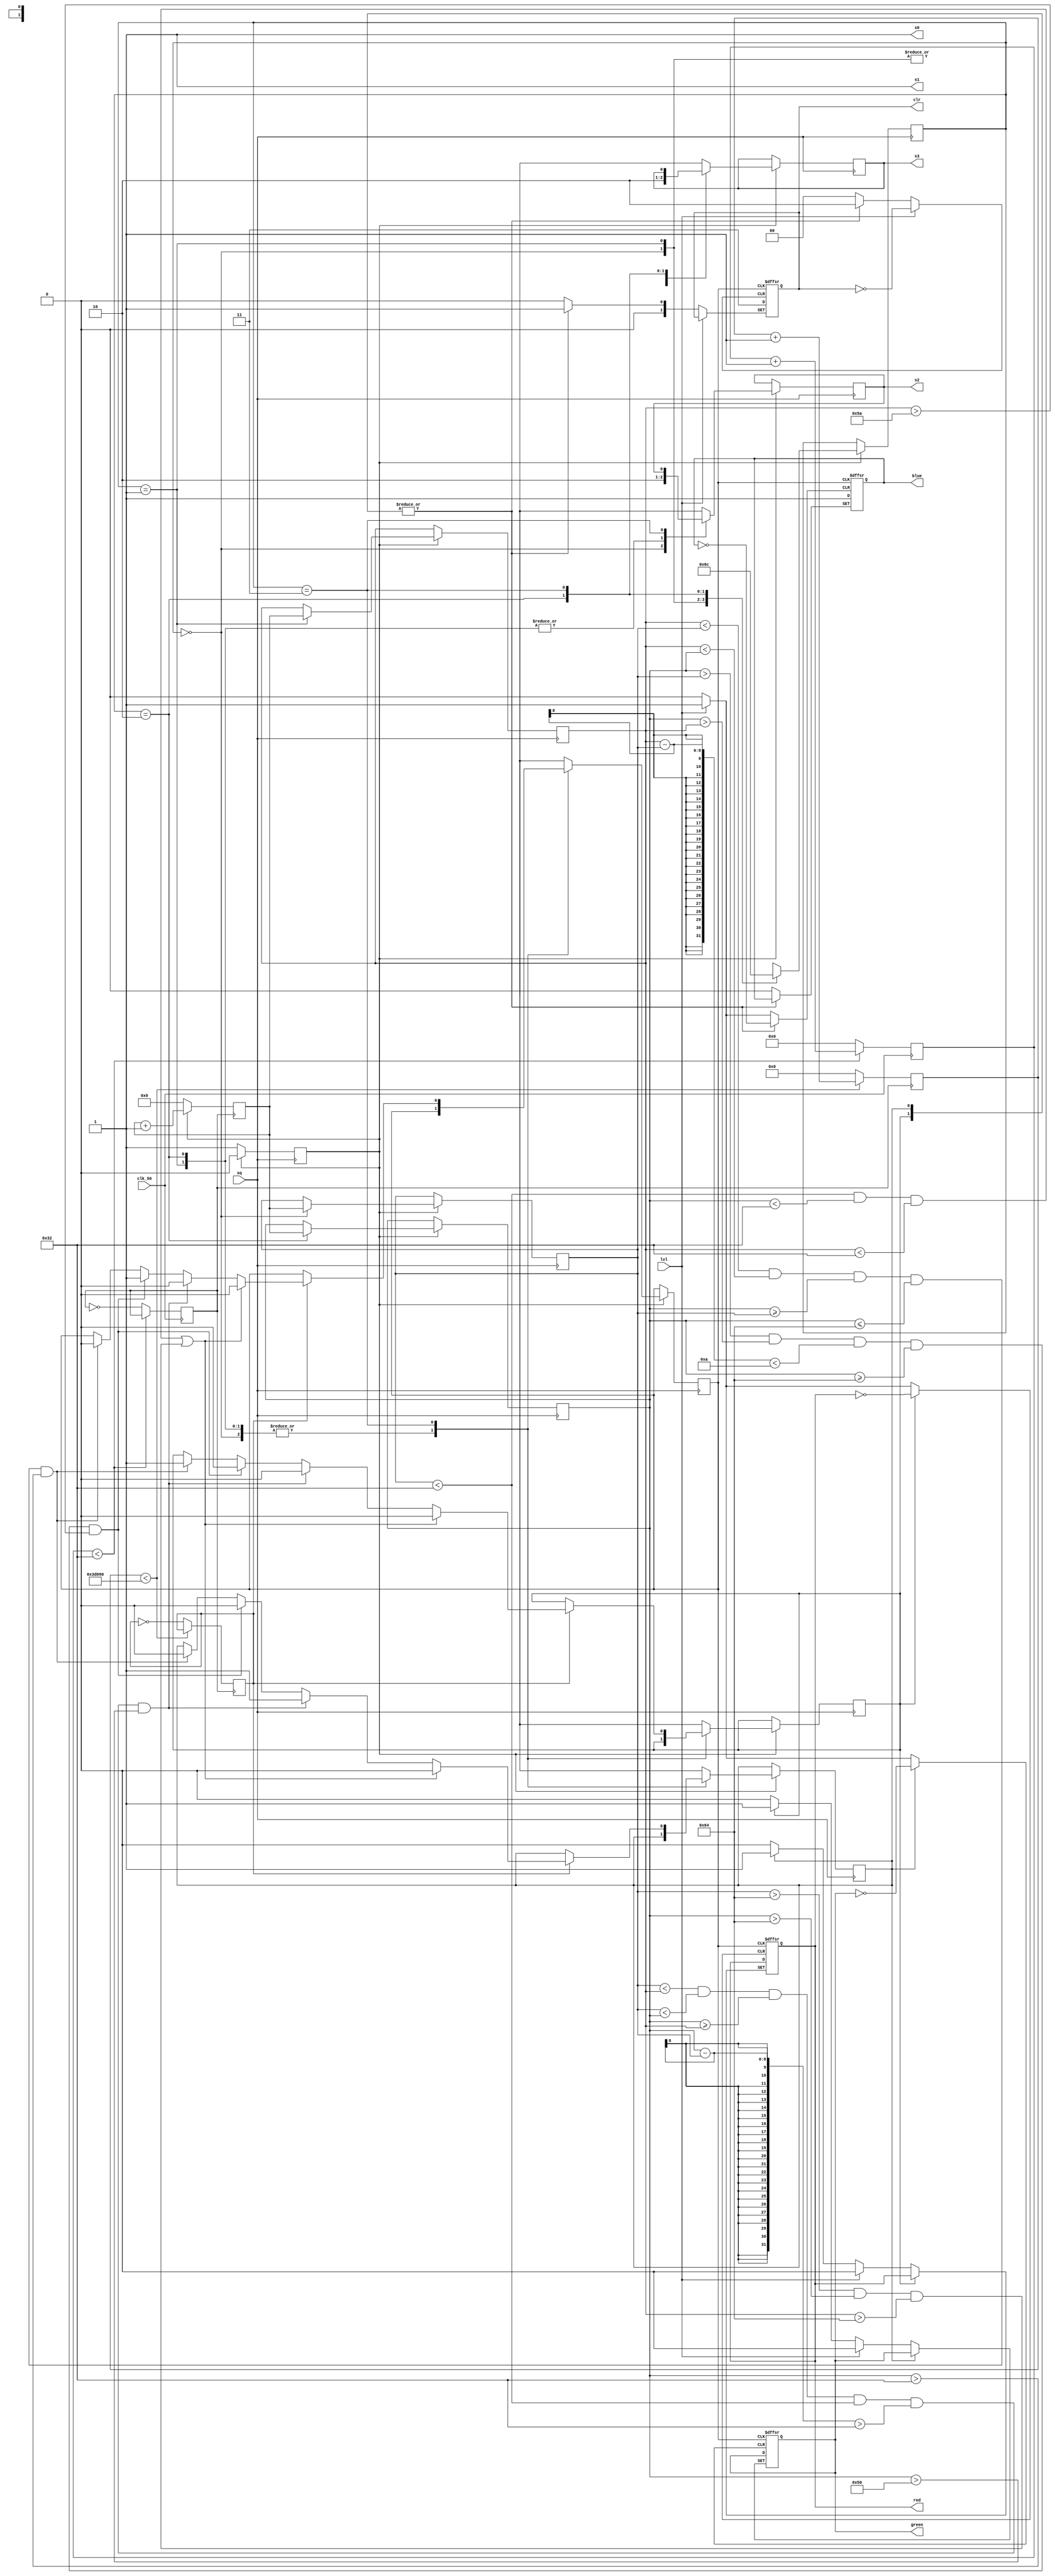
//////////COLOR. v 
///////// reads data from TCS 3200 sensor and determines by comparing


module Module_ColorSensor (
		input clk_50,
		input sq,
		input lvl,
		
		output s2,
		output s3,
		output s0,
		output s1,
		
		output red,
		output green,
		output blue,
		
		output [1:0]clr
		
);

reg [7:0]counter = 8'd0;
reg [7:0]valr = 8'd0;
reg [7:0]valg = 8'd0;
reg [7:0]valb = 8'd0;

reg flag = 0;

reg clk_1m=0;
reg [5:0]count = 6'd0;
reg [5:0]frame = 6'b110010;


reg [1:0]state = 2'd0;
reg _s2 = 0;
reg _s3 = 0;

reg flagr = 0;
reg flagb = 0;
reg flagg = 0;

reg re = 0;
reg gr = 0;
reg bl = 0;

reg [1:0] clr_out;
reg [18:0] t_lim = 19'd250000; //250000 18 bit b111101000010010000
reg [18:0]timer = 19'd0;

reg ready=0;


always @(posedge clk_50)
begin

	if(count < frame)
	begin
	count <= count + 1;
	end
	else
	begin
	count <= 0;
	clk_1m <= ~clk_1m;
	end
	
end

always @(posedge clk_1m)
begin 
	
	if(flag == 0)
	counter <= 0;
	else
	counter <= counter + 1;
	
	
	if(timer < t_lim)
	timer<=timer+1;
	else
	begin
	timer<=0;
	ready<=~ready;
	end

	
	
end


always @(posedge sq)
begin

	if(flag == 0)
	begin
		flag <= 1;
	end
	else
	begin
		case(state)
		2'd0 : begin
				 valr <= counter;			//Red value		 
				 _s2 = 1; _s3 = 1;
				 state <= 2'd1;
				 end
		2'd1 : begin
				 valg <= counter;			//green value
				 _s2 = 0; _s3 = 1;
				 state <= 2'd2;
				 end
		2'd2 : begin
				 valb <= counter;			//blue value
				 _s2 = 0; _s3 = 0;
				 state <= 2'd3;
				 end
		2'd3 : begin
				
					if(ready==1)
					begin
					
						if( (valr<50 && valb<50 && valg<50) ||  (valr>100 && valb>100 && valg>100) )
						begin
						flagr=0;flagg=0;flagb=0;		//white or black
						end
						else if(valr<valg && valr<valb  && valb >= valg  && valr<50 && valb-valr>50 && valb>80)
						begin		
						flagr=1;flagg=0;flagb=0;		//red
						end
						else if(valb > valr && valb > valg && (valg-valr<10)  && valb>=100  && valg>90)
						begin		
						flagr=0;flagg=0;flagb=1;		//blue
						end
						else if(valg<valr && valg<valb && valb>=valr && valb<=100  && valb>50)
						begin		
						flagr=0;flagg=1;flagb=0;		//green
						end 

					end
					
					state <= 2'd0;
				
				end
				
		endcase
		flag <= 0;
	end

end

always @(posedge flagr or posedge flagg or posedge flagb or posedge lvl)
begin

		if(lvl==1)
		begin
		re<=0;gr<=0; bl<=0;	//end of run
		end
		
		else if(flagr==1)
		begin					
		re<=1;					//LED to glow
		clr_out<=2'd1;			//uart message
		end 
		else if(flagg==1)
		begin
		gr<=1;
		clr_out<=2'd1;
		end
		else if(flagb==1)
		begin
		bl<=1;
		clr_out<=2'd3;
		end
		

end

assign clr = clr_out;
assign s0 = 1;
assign s1 = 1;
	
assign s2 = _s2;
assign s3 = _s3;

assign red = re;
assign green = gr;
assign blue = bl;
 
endmodule